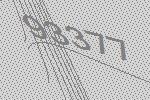
93377